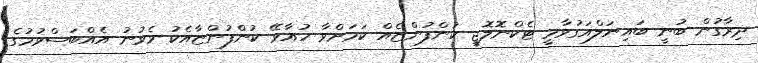
ދިރާގުން ބުނީ ބައިނަލްއަގުވާމީ ޓެކްނޮލޮޖީ ކުންފުންޏެއް ކަމަށްވާ ހުއާވޭ ކުންފުންޏާއެކު ވެވުނު އެއްބަސްވުމުގެ